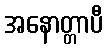
အနောတ္တာပီ